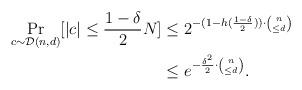
LaTeX: \begin{align*} \Pr_{c\sim\mathcal{D}(n,d)}[|c|\leq \frac{1-\delta}{2}N]&\leq 2^{-(1-h(\frac{1-\delta}{2}))\cdot\binom{n}{\leq d}}\\ &\leq e^{-\frac{\delta^2}{2}\cdot \binom{n}{\leq d}}.\end{align*}